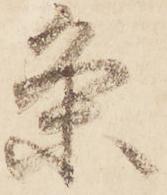
条